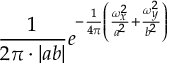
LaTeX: { \frac { 1 } { 2 \pi \cdot | a b | } } e ^ { - { \frac { 1 } { 4 \pi } } \left( { \frac { \omega _ { x } ^ { 2 } } { a ^ { 2 } } } + { \frac { \omega _ { y } ^ { 2 } } { b ^ { 2 } } } \right) }